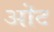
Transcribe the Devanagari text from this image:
ऒट